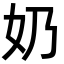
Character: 奶